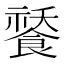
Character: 𩜸